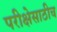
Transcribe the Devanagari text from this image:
परीक्षेसाठीच